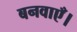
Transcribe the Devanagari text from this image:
बनवाएँ।